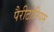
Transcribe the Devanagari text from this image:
पैरीटोनियम